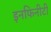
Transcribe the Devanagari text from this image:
इनफिनीटी